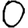
Digit: 0